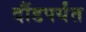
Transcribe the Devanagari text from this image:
दौंडपर्यंत